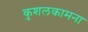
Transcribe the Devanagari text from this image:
कुशलकामना